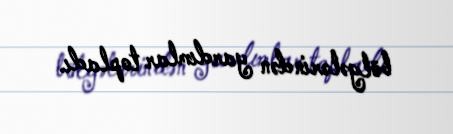
bölgələrindən yardımlar topladı.